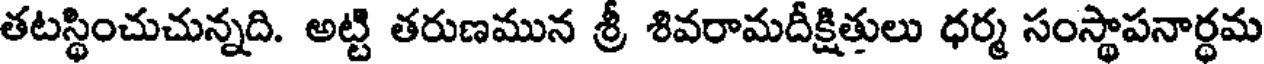
తటస్థించుచున్నది. అట్టి తరుణమున శ్రీ శివరామదీక్షితులు ధర్మ సంస్థాపనార్ధమ